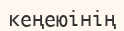
кеңеюінің